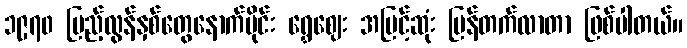
၁၉၇၀ ပြည့်လွန်နှစ်တွေနောက်ပိုင်း ရွှေဈေး အမြင့်ဆုံး ပြန်တက်လာတာ ဖြစ်ပါတယ်။